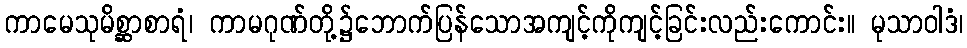
ကာမေသုမိစ္ဆာစာရံ၊ ကာမဂုဏ်တို့၌ဘောက်ပြန်သောအကျင့်ကိုကျင့်ခြင်းလည်းကောင်း။ မုသာဝါဒံ၊